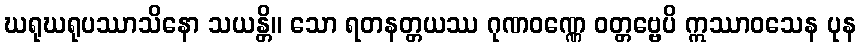
ဃရုဃရုပဿာသိနော သယန္တိ။ သော ရတနတ္တယဿ ဂုဏဝဏ္ဏေ ဝတ္တဗ္ဗေပိ ဣဿာဝသေန ပုန